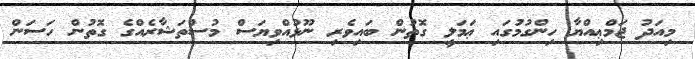
މިއަދު ޖަމްޢިއްޔާ ހިންގުމުގައި ޢަމަލީ ގޮތުން ބައިވެރި ނޫޅުއްވިޔަސް މުސްތަޝާރެއްގެ ގޮތުން ހަސަން